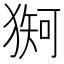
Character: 𪻇